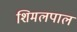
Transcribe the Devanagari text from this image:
शिमलपाल